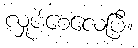
လှုပ်စေလေပြီ။